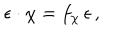
\epsilon \cdot \chi = f _ { \chi } \, \epsilon \, ,